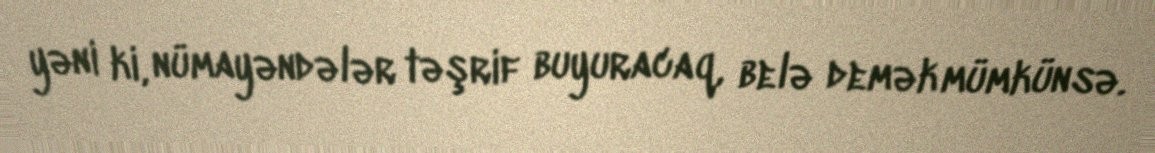
yəni ki, nümayəndələr təşrif buyuracaq, belə demək mümkünsə.